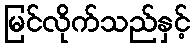
မြင်လိုက်သည်နှင့်